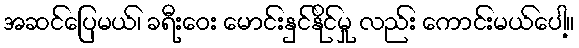
အဆင်ပြေမယ်၊ ခရီးဝေး မောင်းနှင်နိုင်မှု လည်း ကောင်းမယ်ပေါ့။